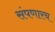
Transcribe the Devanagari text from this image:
संपणारच